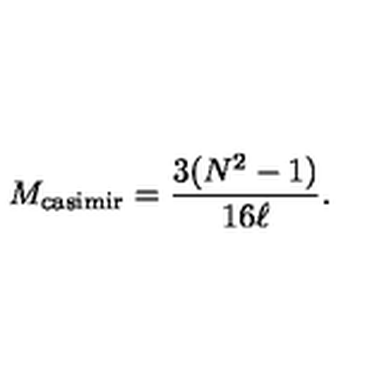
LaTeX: M _ { \mathrm { c a s i m i r } } = { \frac { 3 ( N ^ { 2 } - 1 ) } { 1 6 \ell } } .